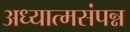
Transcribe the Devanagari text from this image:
अध्यात्मसंपन्न